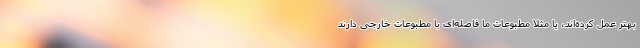
بهتر عمل کرده‌اند، یا مثلا مطبوعات ما فاصله‌ای با مطبوعات خارجی دارند